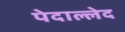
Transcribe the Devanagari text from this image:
पेदाल्लेद